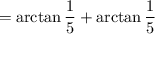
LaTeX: = \arctan { \frac { 1 } { 5 } } + \arctan { \frac { 1 } { 5 } }